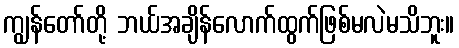
ကျွန်တော်တို့ ဘယ်အချိန်လောက်ထွက်ဖြစ်မလဲမသိဘူး။